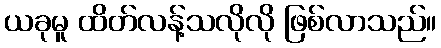
ယခုမူ ထိတ်လန့်သလိုလို ဖြစ်လာသည်။